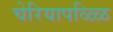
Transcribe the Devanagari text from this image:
चेरियापळ्ळि